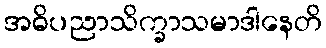
အဓိပညာသိက္ခာသမာဒါနေတိ